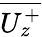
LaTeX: \overline{{U_{z}^{+}}}